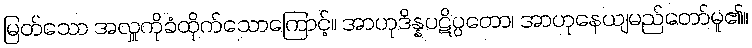
မြတ်သော အလှူကိုခံထိုက်သောကြောင့်။ အာဟုဒိန္နပဋိပ္ပတော၊ အာဟုနေယျမည်တော်မူ၏။